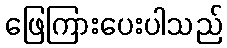
ဖြေကြားပေးပါသည်